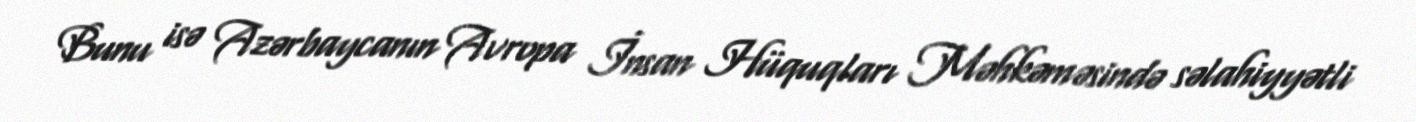
Bunu isə Azərbaycanın Avropa İnsan Hüquqları Məhkəməsində səlahiyyətli